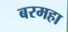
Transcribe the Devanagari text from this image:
बरमहा